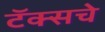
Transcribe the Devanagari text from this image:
टॅक्सचे